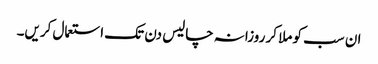
ان سب کو ملا کر روزانہ چالیس دن تک استعمال کریں۔